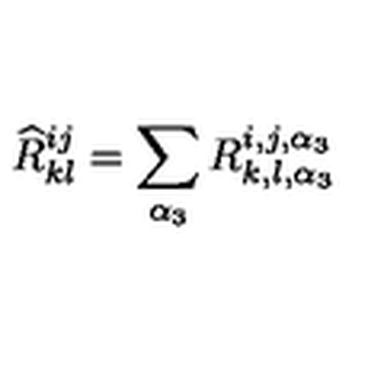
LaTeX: { \widehat R } _ { k l } ^ { i j } = \sum _ { \alpha _ { 3 } } R _ { k , l , \alpha _ { 3 } } ^ { i , j , \alpha _ { 3 } }